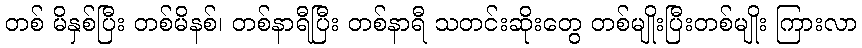
တစ် မိနှစ်ပြီး တစ်မိနစ်၊ တစ်နာရီပြီး တစ်နာရီ သတင်းဆိုးတွေ တစ်မျိုးပြီးတစ်မျိုး ကြားလာ